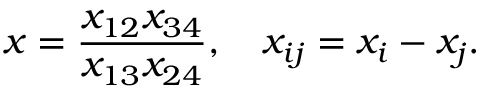
x = \frac { x _ { 1 2 } x _ { 3 4 } } { x _ { 1 3 } x _ { 2 4 } } , \quad x _ { i j } = x _ { i } - x _ { j } .